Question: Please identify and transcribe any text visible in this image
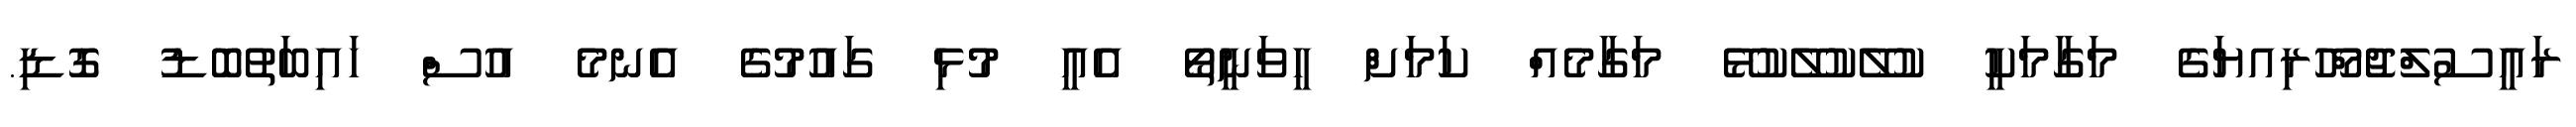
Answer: ރައީސުލްޖުމްހޫރިއޔަގެ މަގާމަކީ ކުލޭކުލޭކުޅޭ މަގާމެއް ކަމަށް ހީވަނީތޯ އެއީ މުޅި ގައުމުގެ އެނމެ އުސް ހައިބަތުބޮޑު ގޮޑި.